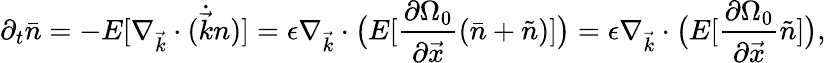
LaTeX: \partial_{t}\bar{n}=-E[\nabla_{\vec{k}}\cdot(\dot{\vec{k}}n)]=\epsilon\nabla_{\vec{k}}\cdot\big(E[\frac{\partial\Omega_{0}}{\partial\vec{x}}(\bar{n}+\tilde{n})]\big)=\epsilon\nabla_{\vec{k}}\cdot\big(E[\frac{\partial\Omega_{0}}{\partial\vec{x}}\tilde{n}]\big),